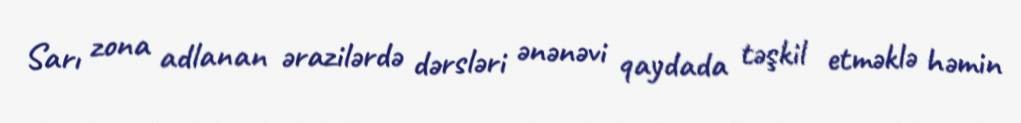
Sarı zona adlanan ərazilərdə dərsləri ənənəvi qaydada təşkil etməklə həmin